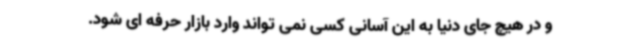
و در هیچ جای دنیا به این آسانی کسی نمی تواند وارد بازار حرفه ای شود.